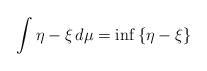
LaTeX: \begin{align*}\int\eta-\xi\,d\mu=\inf\,\{\eta-\xi\}\end{align*}